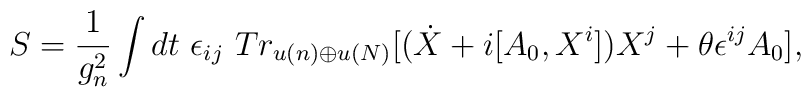
S=\frac{1}{g^2_{n}}\int dt \ \epsilon_{ij}\ Tr_{u(n)\oplus u(N)}\lbrack(\dot{X}+i[A_{0},X^{i}])X^{j}+\theta\epsilon^{ij}A_{0}\rbrack,